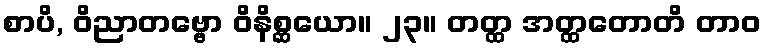
စာပိ, ဝိညာတဗ္ဗော ဝိနိစ္ဆယော။ ၂၃။ တတ္ထ အတ္ထတောတိ တာဝ